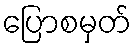
ပြောစမှတ်